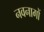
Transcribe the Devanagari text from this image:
नवनागों